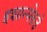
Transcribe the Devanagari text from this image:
इशान्येकडे